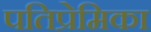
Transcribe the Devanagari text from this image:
पतिप्रेमिका